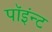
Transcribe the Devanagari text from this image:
पॉइंन्ट